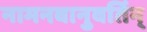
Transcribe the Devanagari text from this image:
नामनवानुवर्तिन्